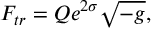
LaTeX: F _ { t r } = Q e ^ { 2 \sigma } \sqrt { - g } ,